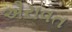
ઐરાવત